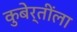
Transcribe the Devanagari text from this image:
कुबेर्तींला